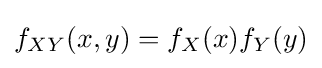
f_{XY}(x,y)=f_{X}(x)f_{Y}(y)